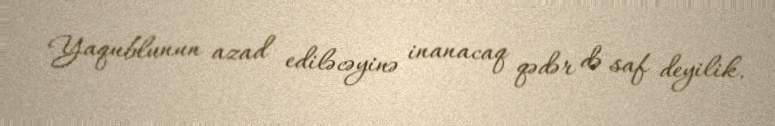
Yaqublunun azad ediləcəyinə inanacaq qədər də saf deyilik.